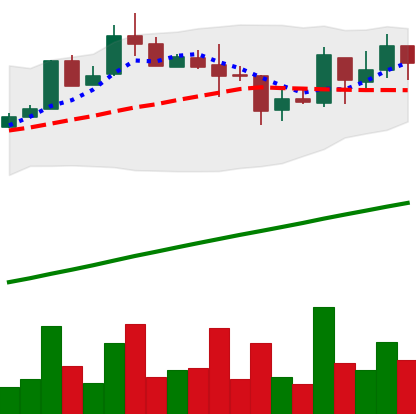
Ticker: LTC-USD
Chart end date: 2017-08-22
Forward return: 30.885%
Label: up_7plus